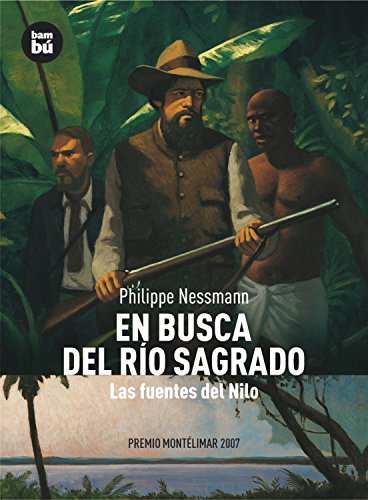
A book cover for En busca del rÃ­o sagrado: Las fuentes del Nilo (Descubridores del mundo); Philippe Nessmann; Teen & Young Adult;